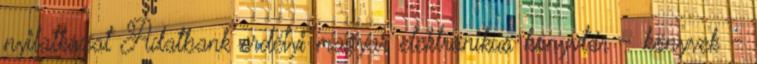
nyilatkozat Adatbank erdélyi magyar elektronikus könyvtár - könyvek -